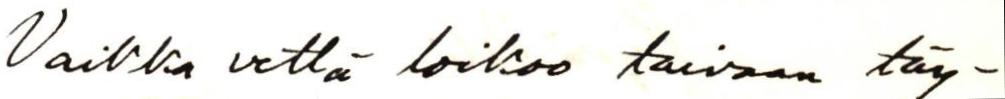
Vaikka vettä loikoo taivaan täy-